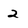
Character: 2